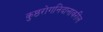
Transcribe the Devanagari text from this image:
कुष्ठरोगनिदानावरील